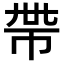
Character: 𢂸